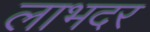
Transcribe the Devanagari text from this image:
लाभदर